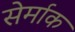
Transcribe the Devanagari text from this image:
सेर्माक